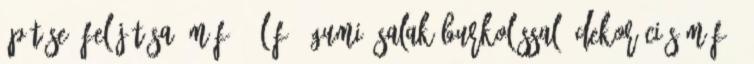
építése, felújítása, műfű, élőfű, gumi, salak burkolással. Dekorációs műfű,